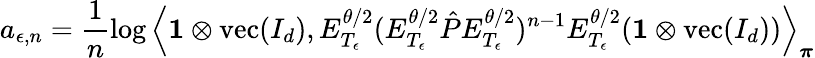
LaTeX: a_{\epsilon,n}=\frac{1}{n}\log\left\langle\mathbf{1}\otimes\operatorname{vec}(I_{d}),E_{T_{\epsilon}}^{\theta/2}(E_{T_{\epsilon}}^{\theta/2}\hat{P}E_{T_{\epsilon}}^{\theta/2})^{n-1}E_{T_{\epsilon}}^{\theta/2}(\mathbf{1}\otimes\operatorname{vec}(I_{d}))\right\rangle_{\boldsymbol\pi}